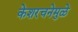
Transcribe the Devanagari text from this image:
केशरचनेमुळे